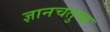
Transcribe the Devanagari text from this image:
ज्ञानचतुष्क